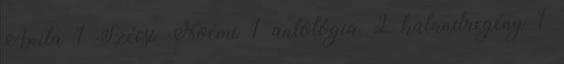
Anita 1 Szécsi Noémi 1 antológia 2 kalandregény 1